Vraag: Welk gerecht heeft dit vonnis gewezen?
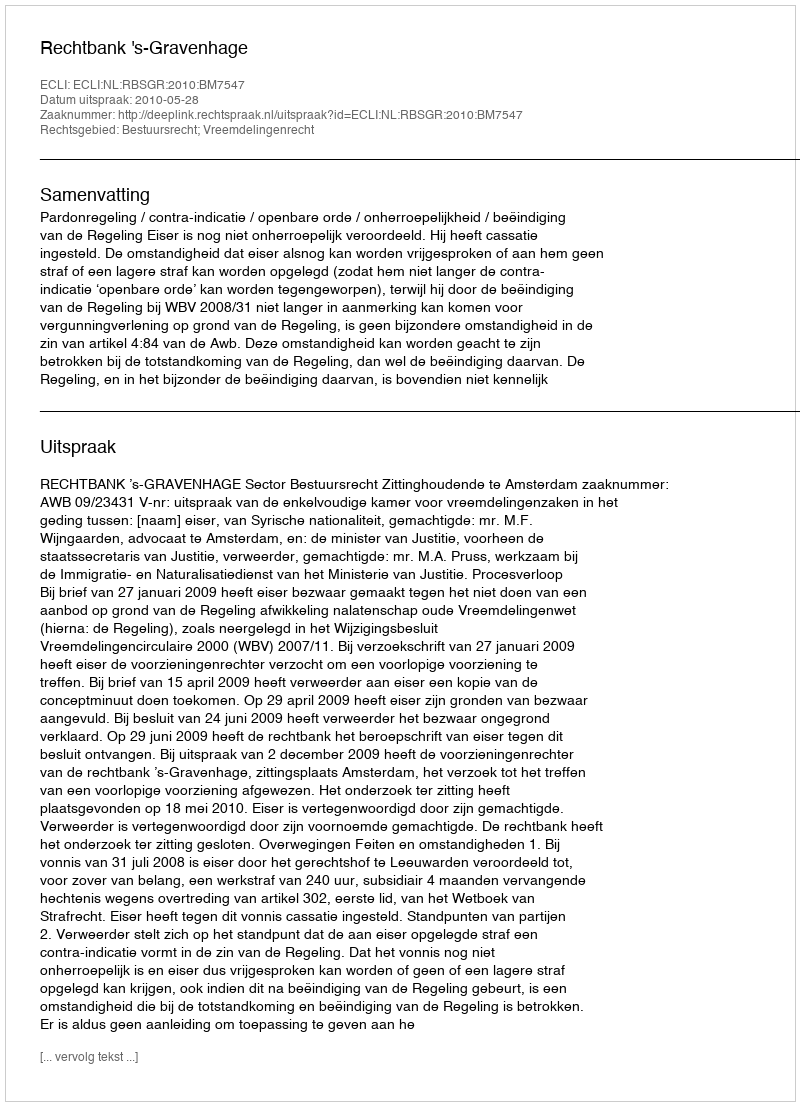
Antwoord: Rechtbank 's-Gravenhage